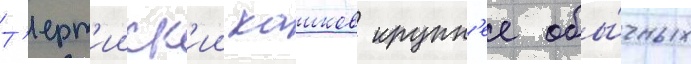
Т'ерт'ииск'ии кашков крупн'ее обы́чных